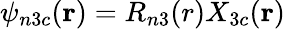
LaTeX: \psi_{n3c}(\mathbf{r})=R_{n3}(r)X_{3c}(\mathbf{r})